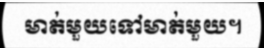
មាត់មួយទៅមាត់មួយ។